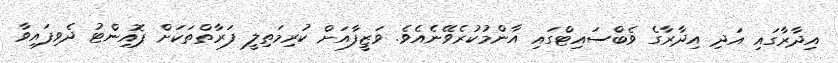
އިދާރާގައި އަދި އިދާރާގެ ވެބްސައިޓްގައި އާންމުކުރެވޭނެއެވެ. ވަޒީފާއަށް ކުރިމަތިލީ ފަރާތްތަކަށް ޕޮއިންޓު ދެވިފައިވާ